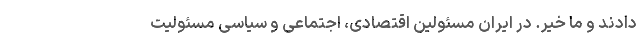
دادند و ما خیر. در ایران مسئولین اقتصادی، اجتماعی و سیاسی مسئولیت